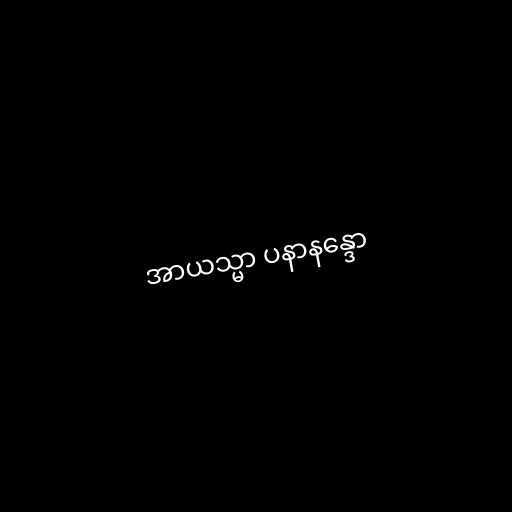
အာယသ္မာ ပနာနန္ဒော